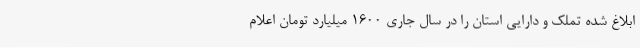
ابلاغ شده تملک و دارایی استان را در سال جاری 1600 میلیارد تومان اعلام